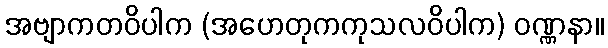
အဗျာကတဝိပါက (အဟေတုကကုသလဝိပါက) ဝဏ္ဏနာ။